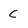
Character: C